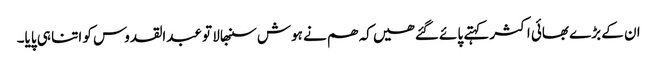
ان کے بڑے بھائی اکثر کہتے پائے گئے ھیں کہ ھم نے ہوش سنبھالا تو عبدالقدوس کو اتنا ہی پایا۔